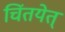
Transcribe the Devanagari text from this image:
चिंतयेत्